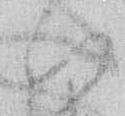
ひ